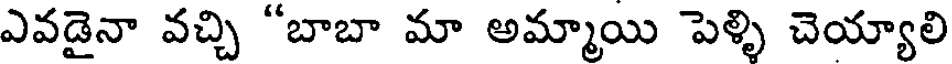
ఎవడైనా వచ్చి "బాబా మా అమ్మాయి పెళ్ళి చెయ్యాలి